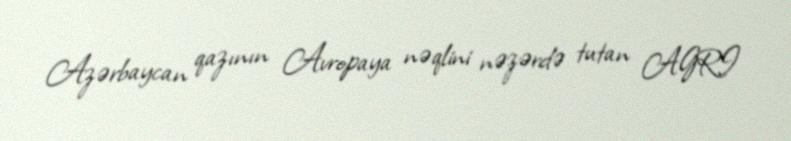
Azərbaycan qazının Avropaya nəqlini nəzərdə tutan AGRI